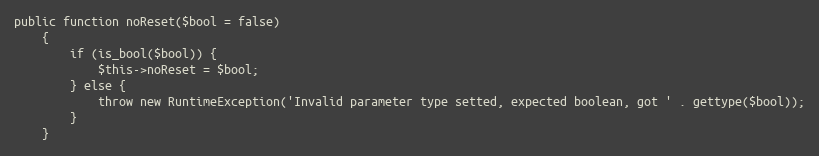
Language: PHP
public function noReset($bool = false)
	{
		if (is_bool($bool)) {
			$this->noReset = $bool;
		} else {
			throw new RuntimeException('Invalid parameter type setted, expected boolean, got ' . gettype($bool));
		}
	}